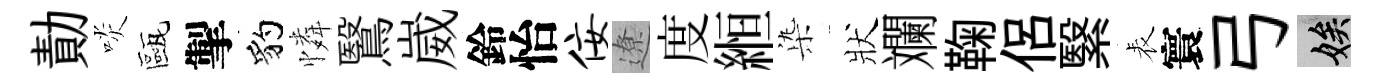
勣啖甌掣豹憐鷖崴鈴怡佞遼度縆𣑱狀斕鞠侶繄表寰弓娭